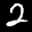
Label: 2